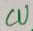
Text: CU